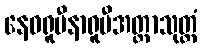
နေဝရူပီနာရူပီအတ္တာသုတ္တံ